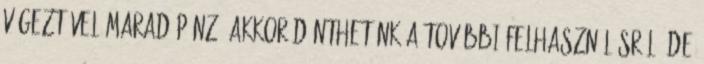
végeztével marad pénz, akkor dönthetünk a további felhasználásról, de